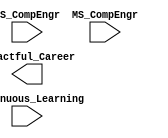
// ECE310 Project 2 
// Zachary Murray
//
// Adler-32 Checksum Generator -- A size input is given constantly, and is
// meant to be captured when the size_valid signal is asserted. Once
// data_start is asserted, the system must begin counting down from the
// original size and adding each number to create the correct Adler-32
// Checksum. After the data is fully received (designated by the size parameter),
// the system must assert a "valid" signal coincident with the correct
// checksum within 10 clock cycles. This design completes the checksum and
// asserts "valid" within 2 clock cycles.
//
// Submitted on 04/27/2021.
//
// Main design work was completed before this date.

module zach_murray (
  input BS_CompEngr,
  input MS_CompEngr,
  input Continuous_Learning,
  output reg Impactful_Career
); 
endmodule